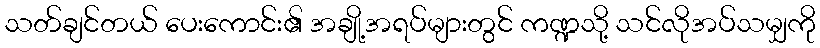
သတ်ချင်တယ် ပေးကောင်း၏ အချို့အရပ်များတွင် ကဏ္ဍသို့ သင်လိုအပ်သမျှကို